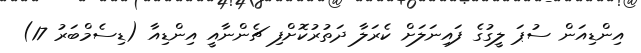
އިންޑިއަން ސުޕަ ލީގުގެ ފައިނަލަށް ކެރަލާ ދަތުރުކޮށްފި ޗެންނާއީ އިންޑިއާ (ޑިސެމްބަރު 17)